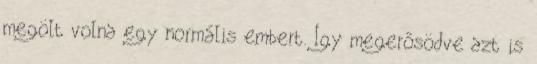
megölt volna egy normális embert. Így megerősödve azt is